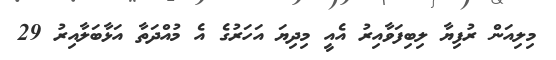
މިލިއަން ރުފިޔާ ލިބިފަވާއިރު އެއީ މިދިޔަ އަހަރުގެ އެ މުއްދަތާ އަޅާބަލާއިރު 29